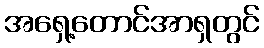
အရှေ့တောင်အာရှတွင်